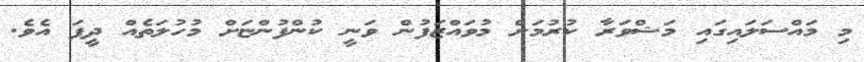
މި މައްސަލައިގައި މަޝްވަރާ ކުރުމަށް މުވައްޒަފުން ވަނީ ކުންފުންޏަށް މުހުލަތެއް ދީފަ އެވެ.